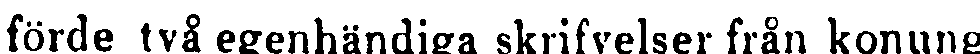
förde två egenhändiga skrifvelser från konung